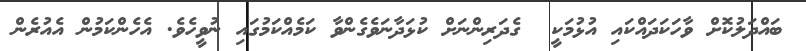
ބައްދަލުކޮށް ވާހަކަދައްކައި އުޅުމަކީ  ގެދަރިންނަށް ކުޅަދާނަވެގެންވާ ކަމެއްކަމުގައި ނުވީހެވެ. އެހެންކަމުން އެއުރެން